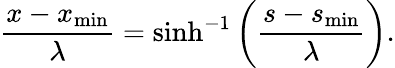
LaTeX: \frac{x-x_{\mathrm{min}}}{\lambda}=\sinh^{-1}\left(\frac{s-s_{\mathrm{min}}}{\lambda}\right).